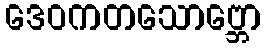
ဒေဝကတသောဗ္ဘော